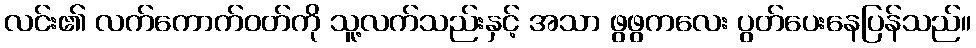
လင်း၏ လက်ကောက်ဝတ်ကို သူ့လက်သည်းနှင့် အသာ ဖွဖွကလေး ပွတ်ပေးနေပြန်သည်။